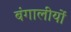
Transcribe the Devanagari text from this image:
बंगालीयों